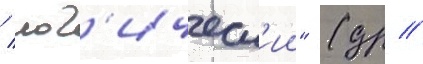
/ лог'ическ'ии" (др //